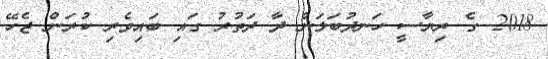
2018 ގެ ރިޔާސީ ހަނދުބަލަން ދާ ދަތުރު ގައި ބައިވެރި ކުރަން ޖެހޭ